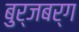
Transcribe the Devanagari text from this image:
बुर्जबर्ग